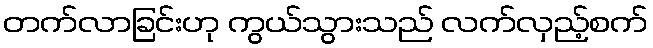
တက်လာခြင်းဟု ကွယ်သွားသည် လက်လှည့်စက်